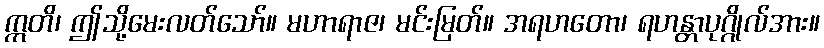
ဣတိ၊ ဤသို့မေးလတ်သော်။ မဟာရာဇ၊ မင်းမြတ်။ အရဟတော၊ ရဟန္တာပုဂ္ဂိုလ်အား။